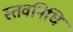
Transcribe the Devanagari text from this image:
स्तवनिधि